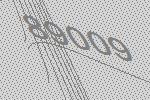
89009